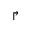
\Rsh